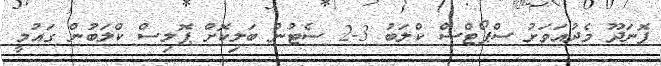
ފޮނަދޫ މެދުއަވަށު ސްޕޯޓްސް ކްލަބު 3-2 ސެޓުން ބަލިކޮށް ޕޮލިސް ކްލަބުން ގައުމީ